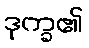
ဒုက္ခ၏